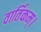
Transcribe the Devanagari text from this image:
वार्तिकम्।